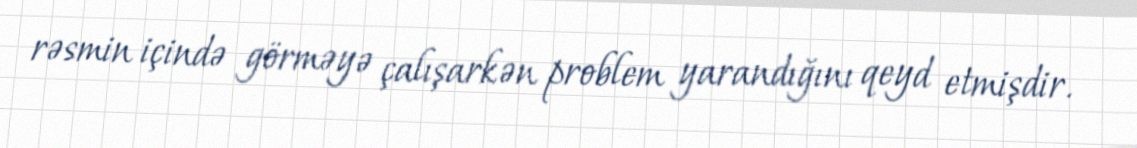
rəsmin içində görməyə çalışarkən problem yarandığını qeyd etmişdir.